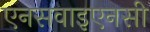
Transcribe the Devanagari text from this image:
एनसवाइएनसी